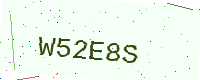
Text: W52E8S